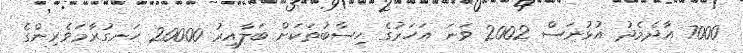
7000 އާދެމެދު އުޅުނަސް 2002 ވަނަ އަހަރުގެ ހިސާބުތަކަށް ބަލާއިރު 20000 ހަނގުރާމަވެރިންގެ